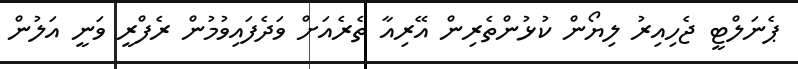
ޕެނަލްޓީ ޖެހިއިރު ލިޔޯން ކުޅުންތެރިން އޭރިއާ ތެރެއަށް ވަދެފައިވުމުން ރެފްރީ ވަނީ އަލުން